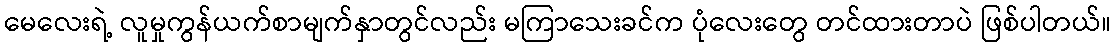
မေလေးရဲ့ လူမှုကွန်ယက်စာမျက်နှာတွင်လည်း မကြာသေးခင်က ပုံလေးတွေ တင်ထားတာပဲ ဖြစ်ပါတယ်။